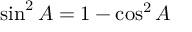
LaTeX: \sin ^ { 2 } A = 1 - \cos ^ { 2 } A